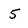
Character: 5